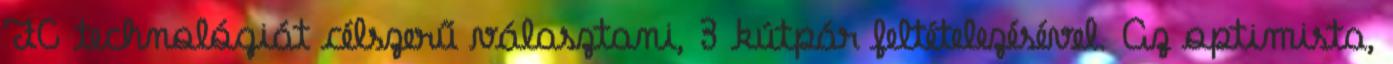
FC technológiát célszerű választani, 3 kútpár feltételezésével. Az optimista,